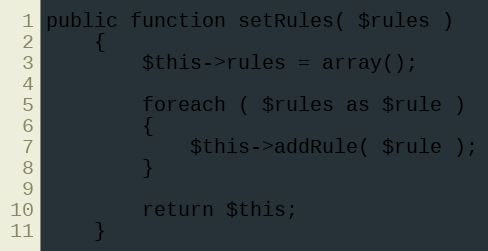
Language: PHP
public function setRules( $rules )
    {
        $this->rules = array();

        foreach ( $rules as $rule )
        {
            $this->addRule( $rule );
        }

        return $this;
    }